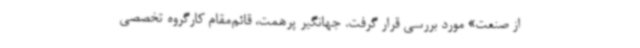
از صنعت» مورد بررسی قرار گرفت. جهانگیر پرهمت، قائم‌مقام کارگروه تخصصی